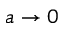
a \to 0